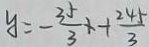
y = - \frac { 3 5 } { 3 } x + \frac { 2 4 5 } { 3 }